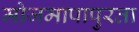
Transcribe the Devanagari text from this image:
मोजमापापुरता